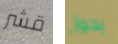
قشر يجوز